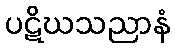
ပဋိဃသညာနံ